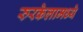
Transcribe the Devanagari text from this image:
रुरकेलामध्ये